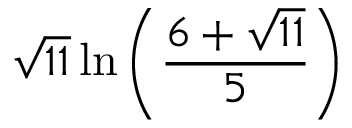
{ \sqrt { 1 1 } } \ln \left( { \frac { 6 + { \sqrt { 1 1 } } } { 5 } } \right)